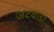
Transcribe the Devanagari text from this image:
जटवाडा